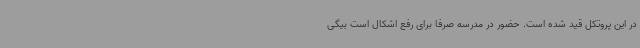
در این پروتکل قید شده است. حضور در مدرسه صرفا برای رفع اشکال است بیگی